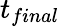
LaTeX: t_{final}